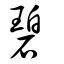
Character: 碧